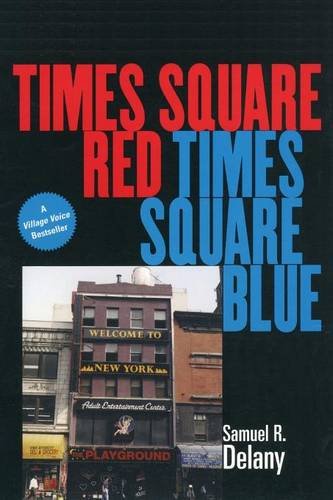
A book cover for Times Square Red, Times Square Blue; Samuel R. Delany; Medical Books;